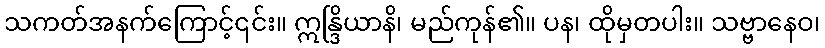
သကတ်အနက်ကြောင့်၎င်း။ ဣန္ဒြိယာနိ၊ မည်ကုန်၏။ ပန၊ ထိုမှတပါး။ သဗ္ဗာနေဝ၊